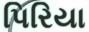
પિરિયા